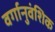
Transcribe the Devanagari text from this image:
वर्गानुवंशिक